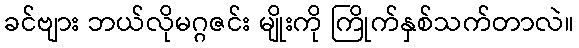
ခင်ဗျား ဘယ်လိုမဂ္ဂဇင်း မျိုးကို ကြိုက်နှစ်သက်တာလဲ။